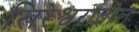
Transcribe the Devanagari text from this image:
खिरेश्वरातील